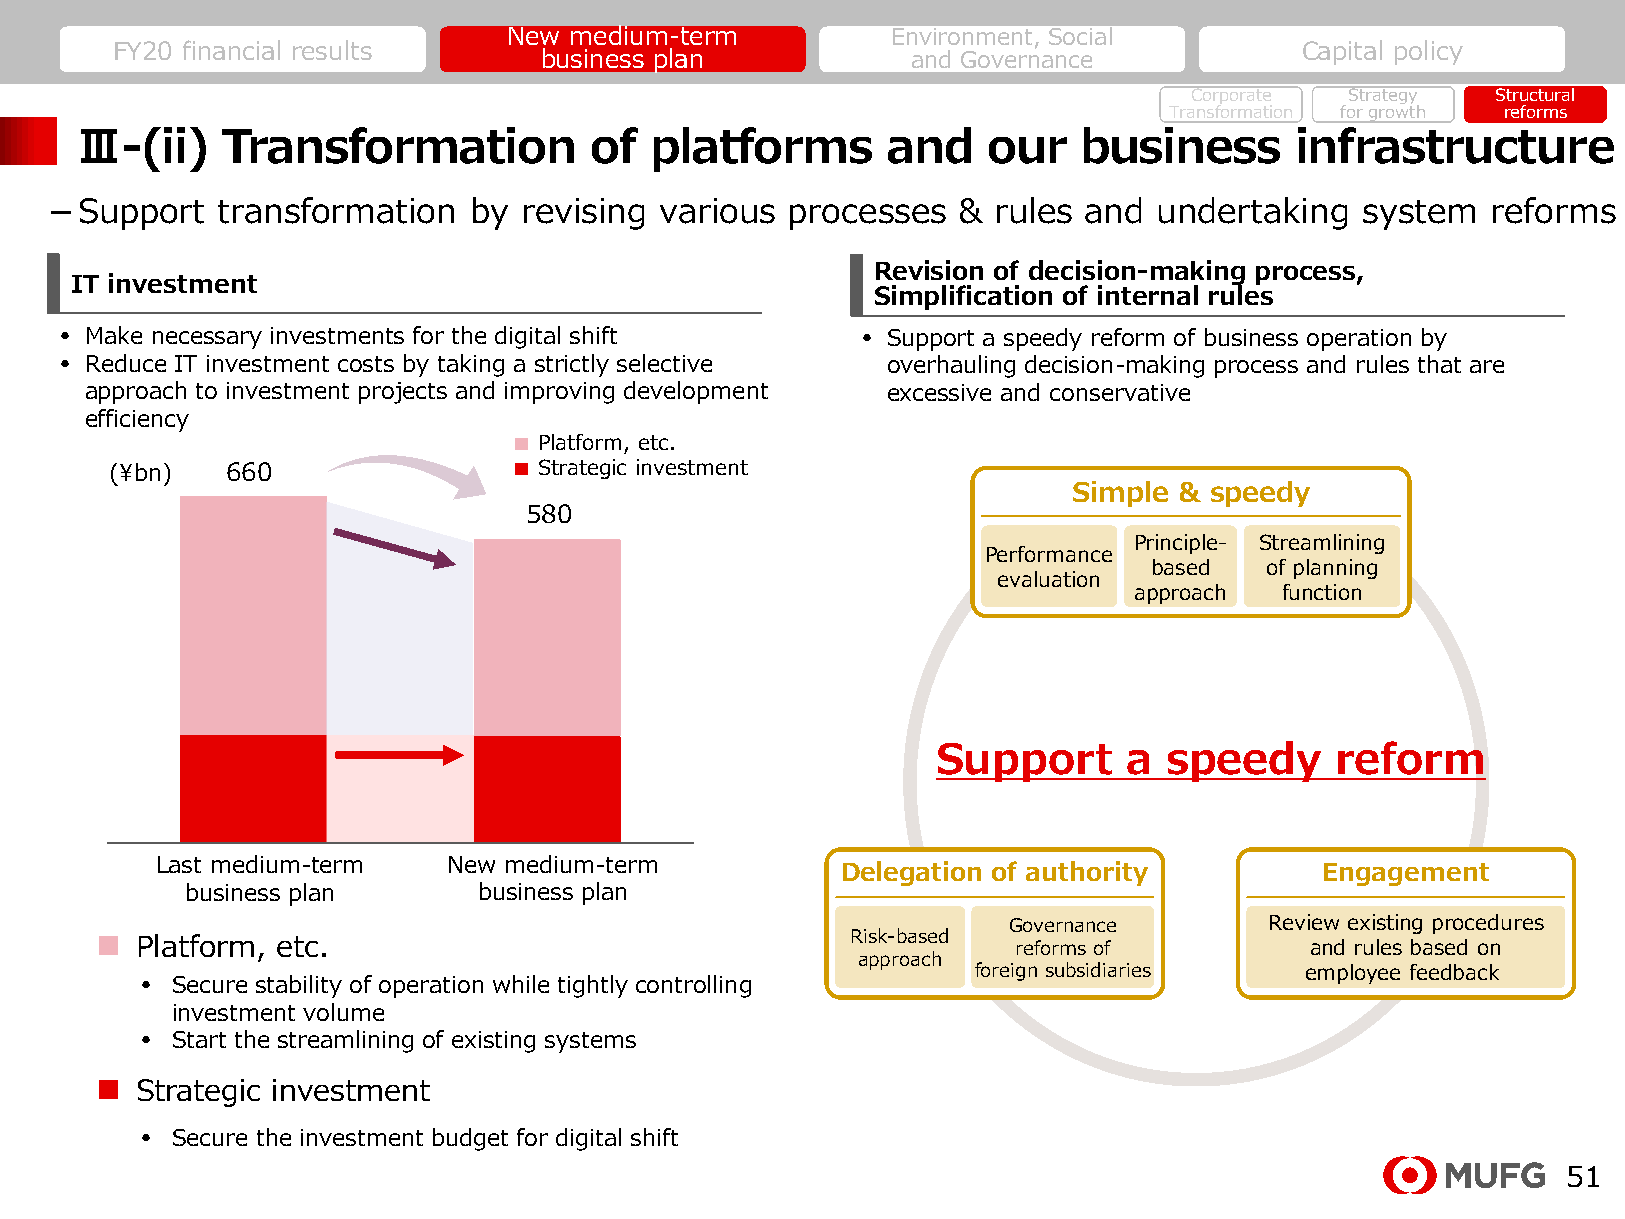
New medium-term          Environment, Social
 FY20 financial results                                                         Capital policy
 business plan           and Governance
 Corporate Strategy  Structural
 Transformation for growth reforms
 Ⅲ-(ii)    Transformation          of  platforms       and   our    business      infrastructure
 －Support   transformation   by revising  various processes  &  rules and  undertaking  system   reforms
 Revision of decision-making process,
 IT investment
 Simplification of internal rules
 • Make necessary investments for the digital shift   • Support a speedy reform of business operation by
 • Reduce IT investment costs by taking a strictly selective overhauling decision-making process and rules that are
 approach to investment projects and improving development excessive and conservative
 efficiency
 Platform, etc.
 (¥bn)   660                  Strategic investment
 Simple & speedy
 580
 Principle- Streamlining
 Performance
 based   of planning
 evaluation
 approach  function
 Support      a speedy     reform
 Last medium-term    New medium-term
 前中期                新中期                   Delegation of authority         Engagement
 business plan       business plan
 経営計画               経営計画
 Governance       Review existing procedures
 ■  Platform, etc.                                 Risk-based reforms of          and rules based on
 approach
 foreign subsidiaries employee feedback
 • Secure stability of operation while tightly controlling
 investment volume
 • Start the streamlining of existing systems
 ■  Strategic investment
 • Secure the investment budget for digital shift
 51